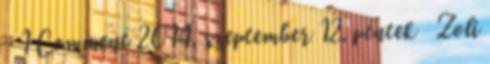
1 Comment 2014. szeptember 12. péntek Zoli